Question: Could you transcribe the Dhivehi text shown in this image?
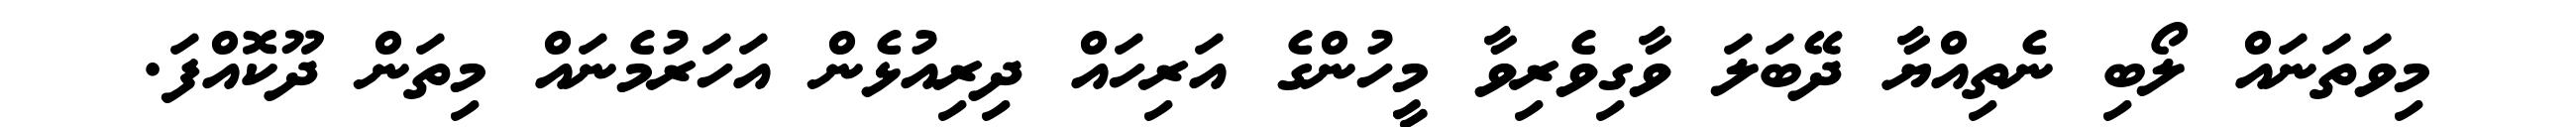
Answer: މިވަތަނައް ލޯބި ނެތިއްޔާ ދޭބަލަ ވާގިވެރިވާ މީހުންގެ އަރިހައް ދިރިއުޅެން އަހަރުމެނައް މިތަން ދޫކޮއްފަ.